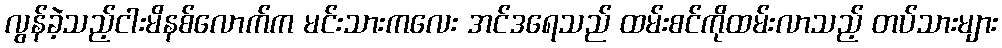
လွန်ခဲ့သည့်ငါးမိနစ်လောက်က မင်းသားကလေး အင်ဒရေသည် ထမ်းစင်ကိုထမ်းလာသည့် တပ်သားများ